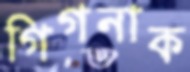
গিগনাক